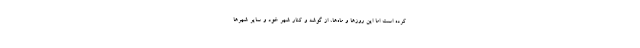
کرده است اما این روزها و ماه‌ها، از گوشه و کنار شهر خود و سایر شهرها